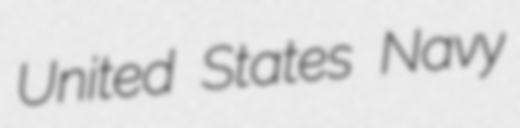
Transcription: United States Navy